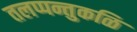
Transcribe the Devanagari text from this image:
तलप्पन्तुकळि